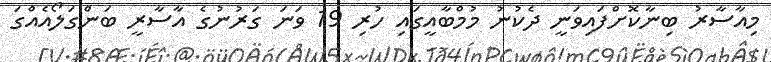
މިއާސާރު ބިނާކޮށްފައިވަނީ ދެކުނު މުމްބާއީގައި ހުރި 19 ވަނަ ގަރުނުގެ އާސާރީ ބަންގަލޯއެއްގަ